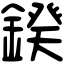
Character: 鍨